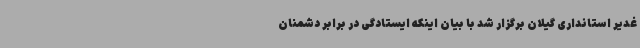
غدیر استانداری گیلان برگزار شد با بیان اینکه ایستادگی در برابر دشمنان